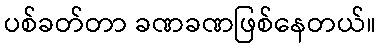
ပစ်ခတ်တာ ခဏခဏဖြစ်နေတယ်။